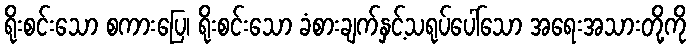
ရိုးစင်းသော စကားပြေ၊ ရိုးစင်းသော ခံစားချက်နှင့်သရုပ်ပေါ်သော အရေးအသားတို့ကို